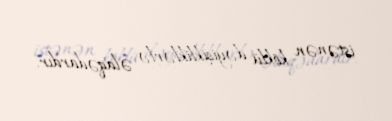
istənən köklü dəyişikliklərlə əlaqədardır.